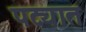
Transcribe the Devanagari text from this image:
पट्यात